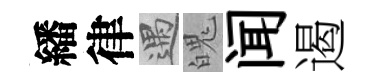
繙律遇魄闻遏